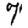
Digit: 7